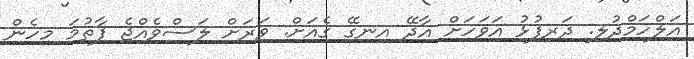
އަލްހަމްދުލި. ދަރިފުޅު އަވަހަށް އާދޭ އިނގޭ ގެއަށް. ވަރަށް ލަސްވެއްޖެ ފާތުމަ މިހެން